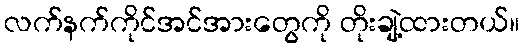
လက်နက်ကိုင်အင်အားတွေကို တိုးချဲ့ထားတယ်။